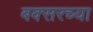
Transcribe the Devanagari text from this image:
बक्सरच्या